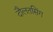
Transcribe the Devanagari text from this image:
दौलतसिंग